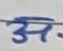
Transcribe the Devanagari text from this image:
अ.